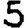
Digit: 5